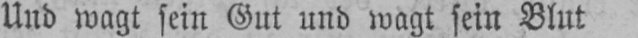
Und wagt sein Gut und wagt sein Blut